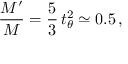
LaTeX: { \frac { M ^ { \prime } } { M } } = { \frac { 5 } { 3 } } \, t _ { \theta } ^ { 2 } \simeq 0 . 5 \, ,